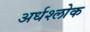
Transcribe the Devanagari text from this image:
अर्धश्लोक